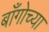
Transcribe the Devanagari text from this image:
बाँगोच्या